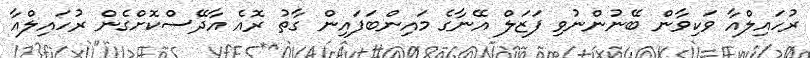
ރުހައިލްއާ ވަކިވާން ބޭނުންނުވި ފަޒަލް އޭނާގެ މައިންބަފައިން ގާތު ރޮއެ އާދޭސްކޮށްގެން ރުހައިލްއާ